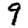
Digit: 9